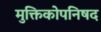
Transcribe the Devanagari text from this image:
मुक्तिकोपनिषद